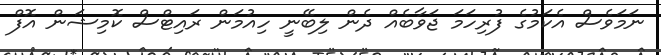
ނަމަވެސް އެކަމުގެ ފުރިހަމަ ޖަވާބެއް ދެން ލިބޭނީ ހިއުމަން ރައިޓްސް ކޮމިޝަން އޮފް